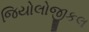
જિયોલોજીકલ